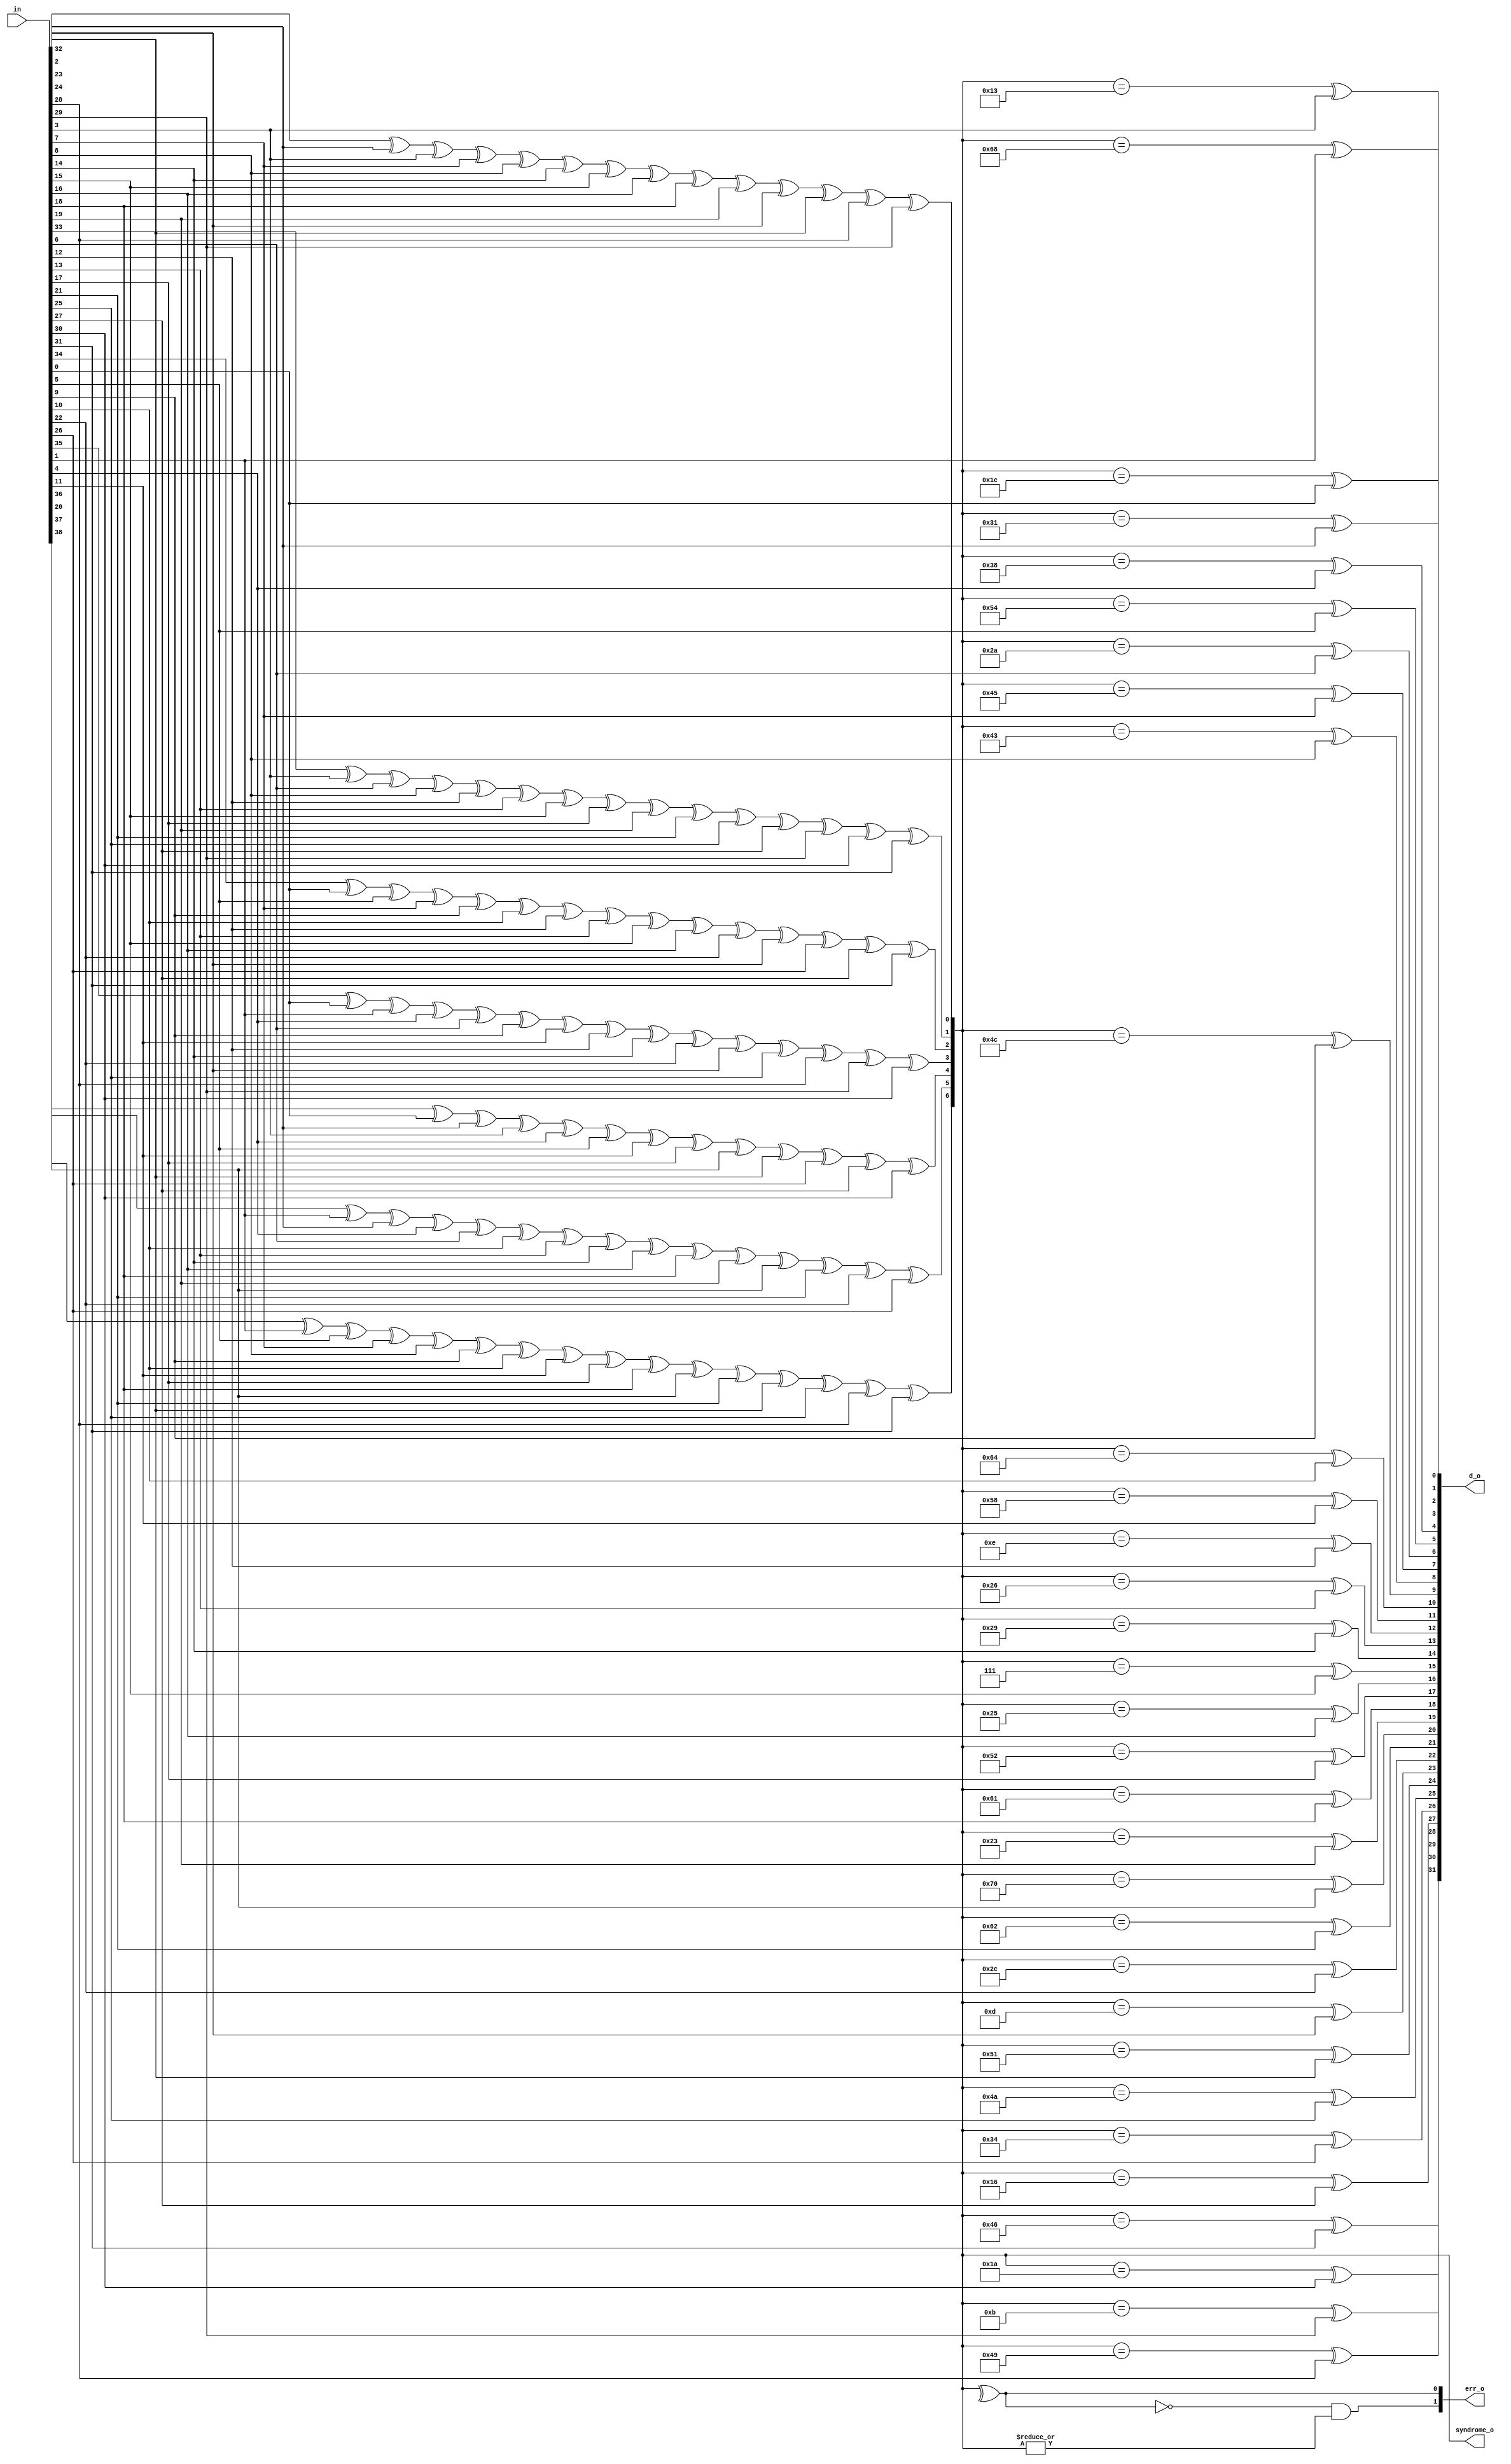
// This program was cloned from: https://github.com/NYU-MLDA/OpenABC
// License: BSD 3-Clause "New" or "Revised" License

module prim_secded_39_32_dec (
	in,
	d_o,
	syndrome_o,
	err_o
);
	input [38:0] in;
	output wire [31:0] d_o;
	output wire [6:0] syndrome_o;
	output wire [1:0] err_o;
	wire single_error;
	assign syndrome_o[0] = ((((((((((((in[32] ^ in[2]) ^ in[3]) ^ in[7]) ^ in[8]) ^ in[14]) ^ in[15]) ^ in[16]) ^ in[18]) ^ in[19]) ^ in[23]) ^ in[24]) ^ in[28]) ^ in[29];
	assign syndrome_o[1] = (((((((((((((in[33] ^ in[3]) ^ in[6]) ^ in[8]) ^ in[12]) ^ in[13]) ^ in[15]) ^ in[17]) ^ in[19]) ^ in[21]) ^ in[25]) ^ in[27]) ^ in[29]) ^ in[30]) ^ in[31];
	assign syndrome_o[2] = (((((((((((((in[34] ^ in[0]) ^ in[5]) ^ in[7]) ^ in[9]) ^ in[10]) ^ in[12]) ^ in[13]) ^ in[15]) ^ in[16]) ^ in[22]) ^ in[23]) ^ in[26]) ^ in[27]) ^ in[31];
	assign syndrome_o[3] = (((((((((((((in[35] ^ in[0]) ^ in[1]) ^ in[4]) ^ in[6]) ^ in[9]) ^ in[11]) ^ in[12]) ^ in[14]) ^ in[22]) ^ in[23]) ^ in[25]) ^ in[28]) ^ in[29]) ^ in[30];
	assign syndrome_o[4] = (((((((((((in[36] ^ in[0]) ^ in[2]) ^ in[3]) ^ in[4]) ^ in[5]) ^ in[11]) ^ in[17]) ^ in[20]) ^ in[24]) ^ in[26]) ^ in[27]) ^ in[30];
	assign syndrome_o[5] = (((((((((((((in[37] ^ in[1]) ^ in[2]) ^ in[4]) ^ in[6]) ^ in[10]) ^ in[13]) ^ in[14]) ^ in[16]) ^ in[18]) ^ in[19]) ^ in[20]) ^ in[21]) ^ in[22]) ^ in[26];
	assign syndrome_o[6] = ((((((((((((((in[38] ^ in[1]) ^ in[5]) ^ in[7]) ^ in[8]) ^ in[9]) ^ in[10]) ^ in[11]) ^ in[17]) ^ in[18]) ^ in[20]) ^ in[21]) ^ in[24]) ^ in[25]) ^ in[28]) ^ in[31];
	assign d_o[0] = (syndrome_o == 7'h1c) ^ in[0];
	assign d_o[1] = (syndrome_o == 7'h68) ^ in[1];
	assign d_o[2] = (syndrome_o == 7'h31) ^ in[2];
	assign d_o[3] = (syndrome_o == 7'h13) ^ in[3];
	assign d_o[4] = (syndrome_o == 7'h38) ^ in[4];
	assign d_o[5] = (syndrome_o == 7'h54) ^ in[5];
	assign d_o[6] = (syndrome_o == 7'h2a) ^ in[6];
	assign d_o[7] = (syndrome_o == 7'h45) ^ in[7];
	assign d_o[8] = (syndrome_o == 7'h43) ^ in[8];
	assign d_o[9] = (syndrome_o == 7'h4c) ^ in[9];
	assign d_o[10] = (syndrome_o == 7'h64) ^ in[10];
	assign d_o[11] = (syndrome_o == 7'h58) ^ in[11];
	assign d_o[12] = (syndrome_o == 7'h0e) ^ in[12];
	assign d_o[13] = (syndrome_o == 7'h26) ^ in[13];
	assign d_o[14] = (syndrome_o == 7'h29) ^ in[14];
	assign d_o[15] = (syndrome_o == 7'h07) ^ in[15];
	assign d_o[16] = (syndrome_o == 7'h25) ^ in[16];
	assign d_o[17] = (syndrome_o == 7'h52) ^ in[17];
	assign d_o[18] = (syndrome_o == 7'h61) ^ in[18];
	assign d_o[19] = (syndrome_o == 7'h23) ^ in[19];
	assign d_o[20] = (syndrome_o == 7'h70) ^ in[20];
	assign d_o[21] = (syndrome_o == 7'h62) ^ in[21];
	assign d_o[22] = (syndrome_o == 7'h2c) ^ in[22];
	assign d_o[23] = (syndrome_o == 7'h0d) ^ in[23];
	assign d_o[24] = (syndrome_o == 7'h51) ^ in[24];
	assign d_o[25] = (syndrome_o == 7'h4a) ^ in[25];
	assign d_o[26] = (syndrome_o == 7'h34) ^ in[26];
	assign d_o[27] = (syndrome_o == 7'h16) ^ in[27];
	assign d_o[28] = (syndrome_o == 7'h49) ^ in[28];
	assign d_o[29] = (syndrome_o == 7'h0b) ^ in[29];
	assign d_o[30] = (syndrome_o == 7'h1a) ^ in[30];
	assign d_o[31] = (syndrome_o == 7'h46) ^ in[31];
	assign single_error = ^syndrome_o;
	assign err_o[0] = single_error;
	assign err_o[1] = ~single_error & |syndrome_o;
endmodule